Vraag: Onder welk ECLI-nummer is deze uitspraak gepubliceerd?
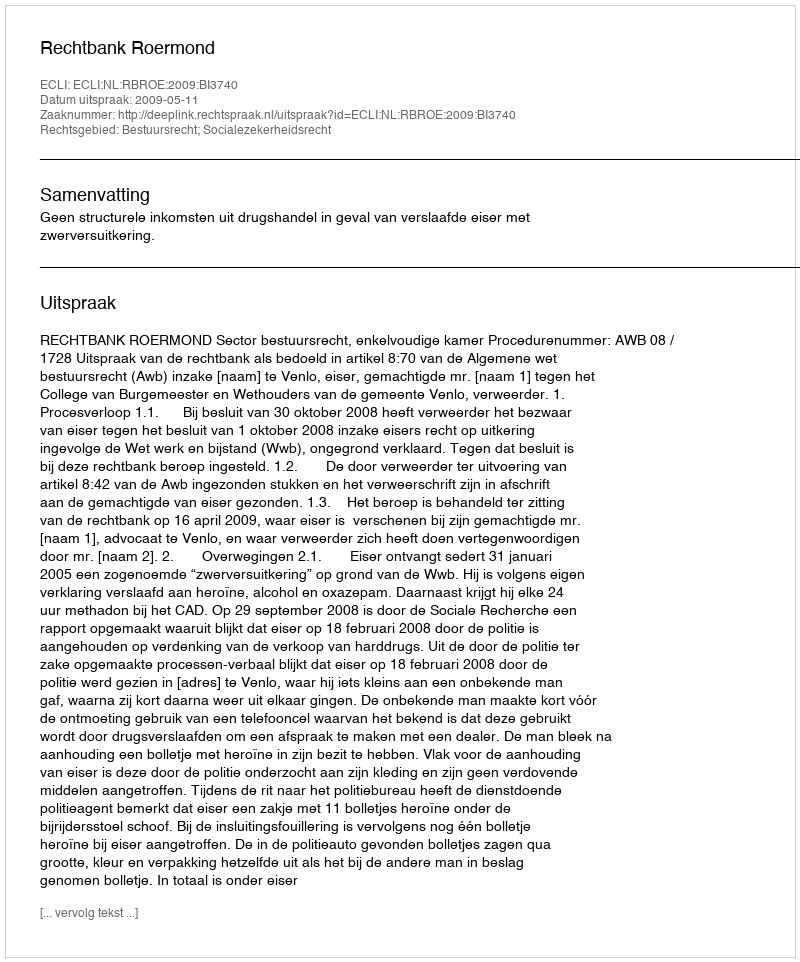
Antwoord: ECLI:NL:RBROE:2009:BI3740